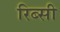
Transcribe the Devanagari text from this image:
रिब्सी